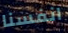
انفسنا